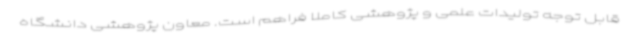
قابل توجه تولیدات علمی و پژوهشی کاملا فراهم است. معاون پژوهشی دانشگاه